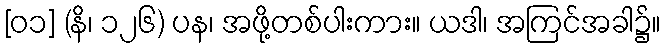
[၀၁] (နိ၊ ၁၂၆) ပန၊ အဖို့တစ်ပါးကား။ ယဒါ၊ အကြင်အခါ၌။